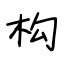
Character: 构